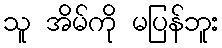
သူ အိမ်ကို မပြန်ဘူး